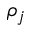
\rho _ { j }